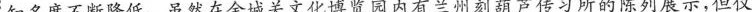
知名度不断降低。虽然在金城关文化博览园内有兰州刻葫芦传习所的陈列展示，但仅